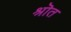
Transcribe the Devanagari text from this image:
श्रॊत